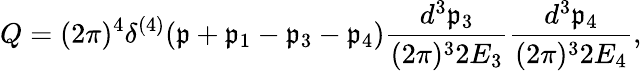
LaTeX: Q=(2\pi)^{4}\delta^{(4)}(\mathfrak{p}+\mathfrak{p}_{1}-\mathfrak{p}_{3}-\mathfrak{p}_{4})\frac{{d^{3}\mathfrak{p}_{3}}}{{(2\pi)^{3}2E_{3}}}\frac{{d^{3}\mathfrak{p}_{4}}}{{(2\pi)^{3}2E_{4}}},